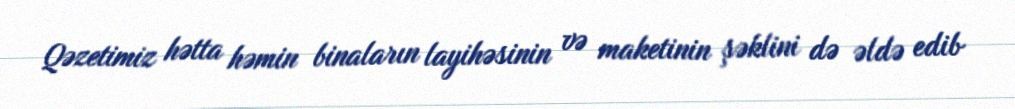
Qəzetimiz hətta həmin binaların layihəsinin və maketinin şəklini də əldə edib